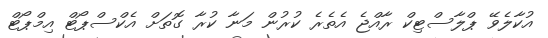
އުކާލެވޭ ޕްލާސްޓިކް ރާއްޖެ އެތެރެ ކުރުން މަނާ ކުރާ ގޮތަށް އެކްސްޕޯޓް އިމްޕޯޓް